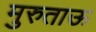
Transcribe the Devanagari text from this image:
मुरुताऊ